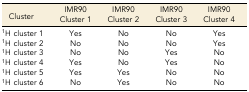
| Cluster | IMR90 Cluster 1 | IMR90 Cluster 2 | IMR90 Cluster 3 | IMR90 Cluster 4 |
 | --- | --- | --- | --- | --- |
 | 1H cluster 1 | Yes | No | No | Yes |
 | 1H cluster 2 | No | No | No | Yes |
 | 1H cluster 3 | No | No | Yes | No |
 | 1H cluster 4 | Yes | No | Yes | No |
 | 1H cluster 5 | Yes | Yes | No | No |
 | 1H cluster 6 | No | Yes | No | No |